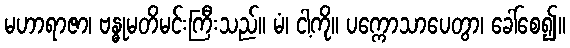
မဟာရာဇာ၊ ဗန္ဓုမတိမင်းကြီးသည်။ မံ၊ ငါ့ကို။ ပက္ကောသာပေတွာ၊ ခေါ်စေ၍။